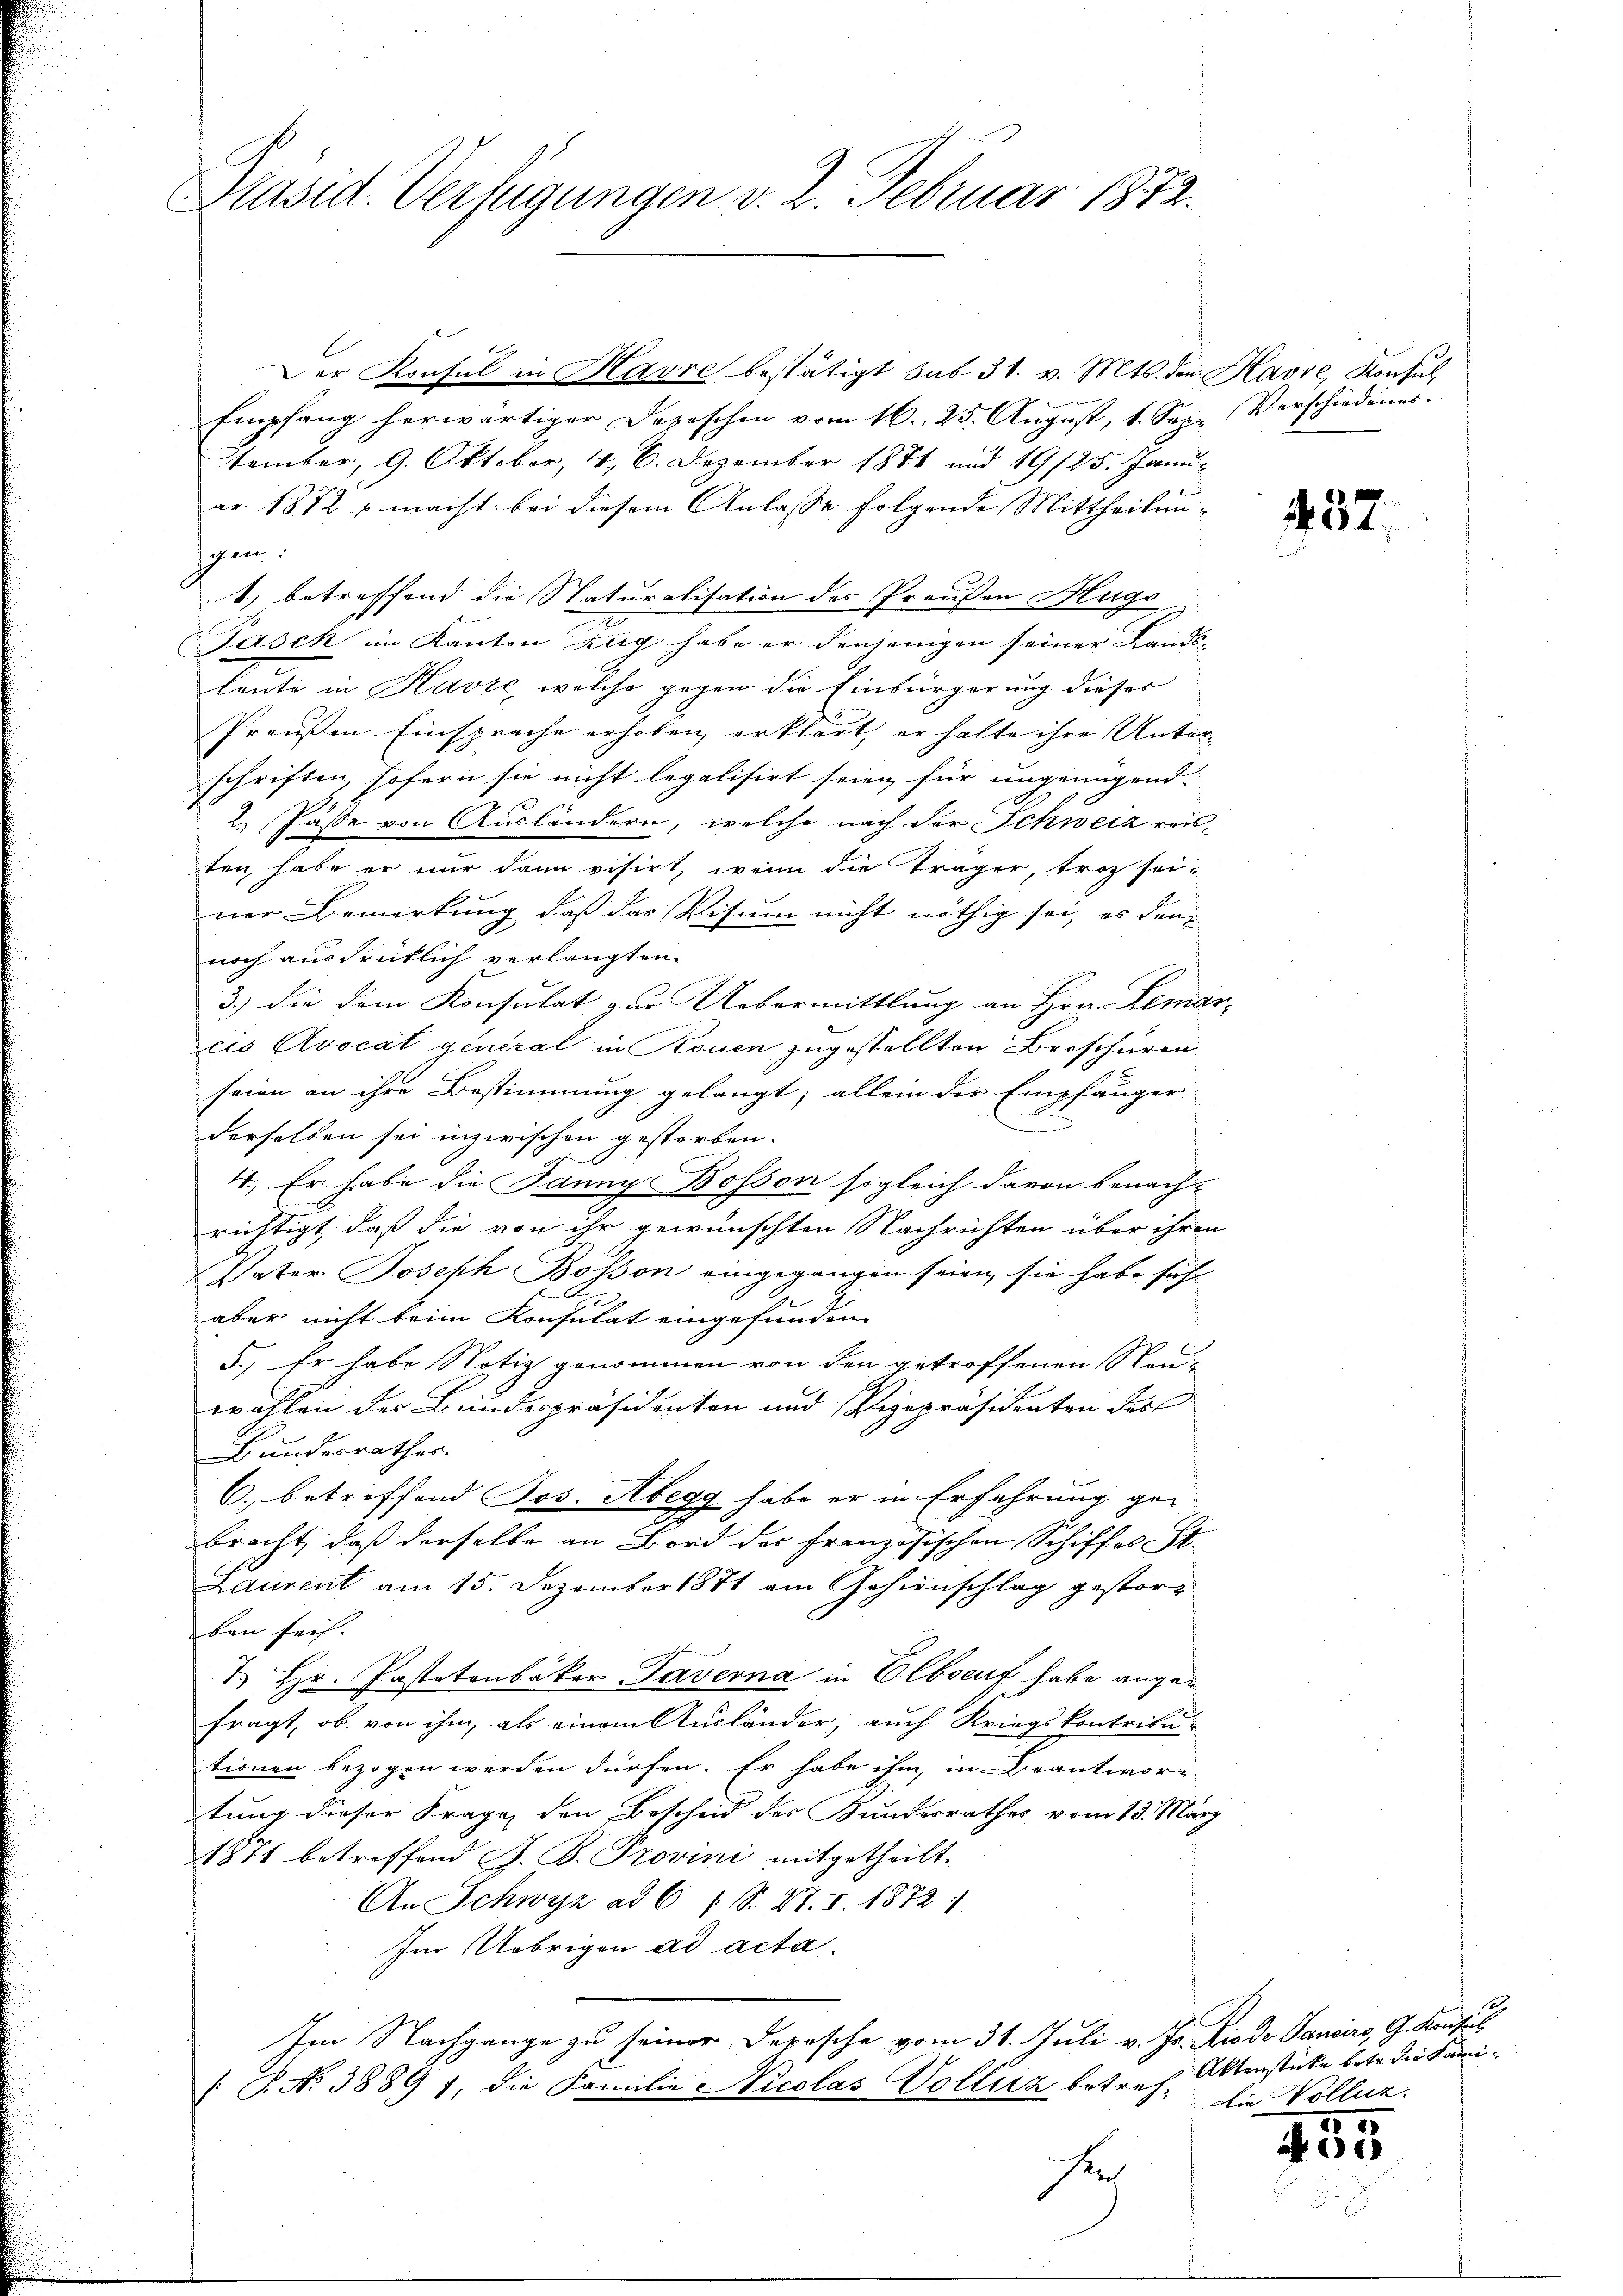
Präsid. Verfügungen v. 2. Februar 1872.

Der Konsul in Havre bestätigt sub 31. v. Mts. den Havre, Konsul
Empfang herwärtiger Depeschen vom 16. 25. August, 1. Sep. Verschiedenes
tember, 9. Oktober, 4, 6. Dezember 1871 und 19/25. Januar 1872 & macht bei diesem Anlasse folgende Mittheilungen:
1) betreffend die Naturalisation der Preußen Hugo
Pasch im Kanton Zug habe er denjenigen seiner Landsleute in Havre, welche gegen die Einbürgerung dieser
Praußen Einsprache erhoben erklärt, er halte ihre Unter-
schriften, sofern sie nicht legalisirt seien für ungenügend¬
2. Pässe von Ausländern, welche nach der Schweiz reis-
ten, habe er nur dann visirt, wenn die Träger, trot seiner Bemerkung daß das Visum nicht nöthig sei, es den
noch ausdrüklich verlangten
3.) Die dem Konsulat zur Uebermittlung an Hrn. Remar- |
cis Avocat general in Rouen zugestellten Broschüren
seien an ihre Bestimmung gelangt; allein der Empfänger-
2
.
derselben sei inzwischen gestorben.
4., Er habe die Janny Bosson sogleich davon benach-
richtigt, daß die von ihr gewünschten Nachrichten über ihren
Vater Joseph Bosson eingegangen seien, sie habe sich
e
aber nicht beim Konsulat eingefunden
5.) Er habe Notiz genommen von den getroffenen Neu-
wahlen der Bundespräsidenten und Vizepräsidenten des
Bundesrathes.
6. betreffend Jos. Aberg habe er in Erfahrung ge-
bracht, daß derselbe an Bord des Französischen Schiffes St.
Laurent am 15. Dezember 1871 am Gehirnschlag gestorben sei.
I. Hr. Pastetenbaker Taverna in Elbseuf habe angefragt, ob von ihm, als einem Ausländer, auch Kriegskontributionen bezogen werden dürfen. Er habe ihm, in Beantwor-
tung dieser Frage den Bescheid des Kundesrathes vom 13. März
1871 betreffend F. B. Provini mitgetheilt.
An Schwyz ad 6 (S. 27. I. 1872/
Im Uebrigen ad acta.
Im Nachgange zu seiner Depesche vom 31. Juli v. Js. Riode Sanciers, G. Konsul
[ P. No 38897, die Familie Nicolas Vollenz, betref. Aktenstücke betr. der Famisen

457.

Die Voller.
e